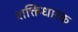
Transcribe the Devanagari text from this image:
शक्तिधारक